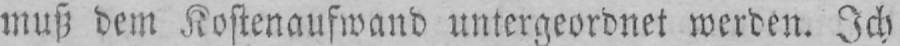
muß dem Kostenaufwand untergeordnet werden. Ich